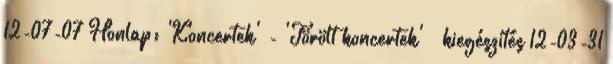
12-07-07 Honlap: 'Koncertek' - 'Törölt koncertek' » kiegészítés 12-03-31